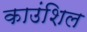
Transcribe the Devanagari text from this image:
काउंशिल